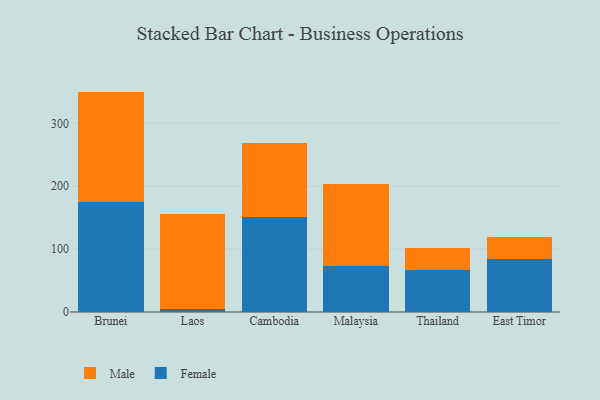
{"axis": {"x": "Country", "y": "Satisfaction Score"}, "legend": ["Female", "Male"], "data": [{"x": "Brunei", "y": 174.7, "type": "Female"}, {"x": "Brunei", "y": 175.7, "type": "Male"}, {"x": "Laos", "y": 5.3, "type": "Female"}, {"x": "Laos", "y": 149.8, "type": "Male"}, {"x": "Cambodia", "y": 151.8, "type": "Female"}, {"x": "Cambodia", "y": 116.2, "type": "Male"}, {"x": "Malaysia", "y": 72.4, "type": "Female"}, {"x": "Malaysia", "y": 131.4, "type": "Male"}, {"x": "Thailand", "y": 67.5, "type": "Female"}, {"x": "Thailand", "y": 34.3, "type": "Male"}, {"x": "East Timor", "y": 84.3, "type": "Female"}, {"x": "East Timor", "y": 34.8, "type": "Male"}]}